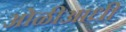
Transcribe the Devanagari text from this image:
ओळीआधी